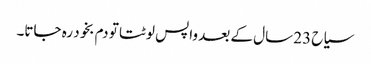
سیاح 23 سال کے بعد واپس لوٹتا تو دم بخود رہ جاتا۔